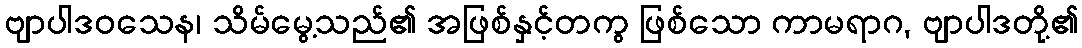
ဗျာပါဒဝသေန၊ သိမ်မွေ့သည်၏ အဖြစ်နှင့်တကွ ဖြစ်သော ကာမရာဂ, ဗျာပါဒတို့၏